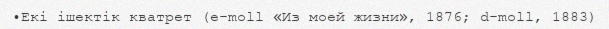
•Екі ішектік кватрет (e-moll «Из моей жизни», 1876; d-moll, 1883)